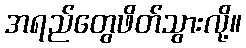
အရည်တွေဖိတ်သွားလို့။